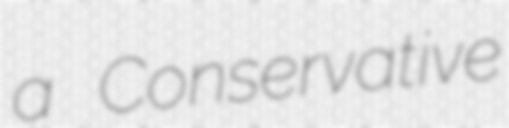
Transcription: a Conservative